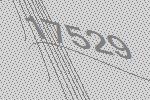
17529